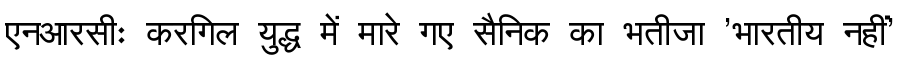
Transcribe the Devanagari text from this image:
एनआरसीः करगिल युद्ध में मारे गए सैनिक का भतीजा 'भारतीय नहीं'